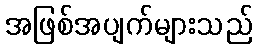
အဖြစ်အပျက်များသည်